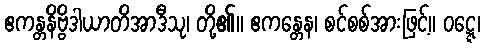
ဧကန္တနိဗ္ဗိဒါယာတိအာဒီသု၊ တို့၏။ ဧကန္တေန၊ စင်စစ်အားဖြင့်။ ဝဋ္ဋေ၊